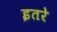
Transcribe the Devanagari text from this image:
इतरे